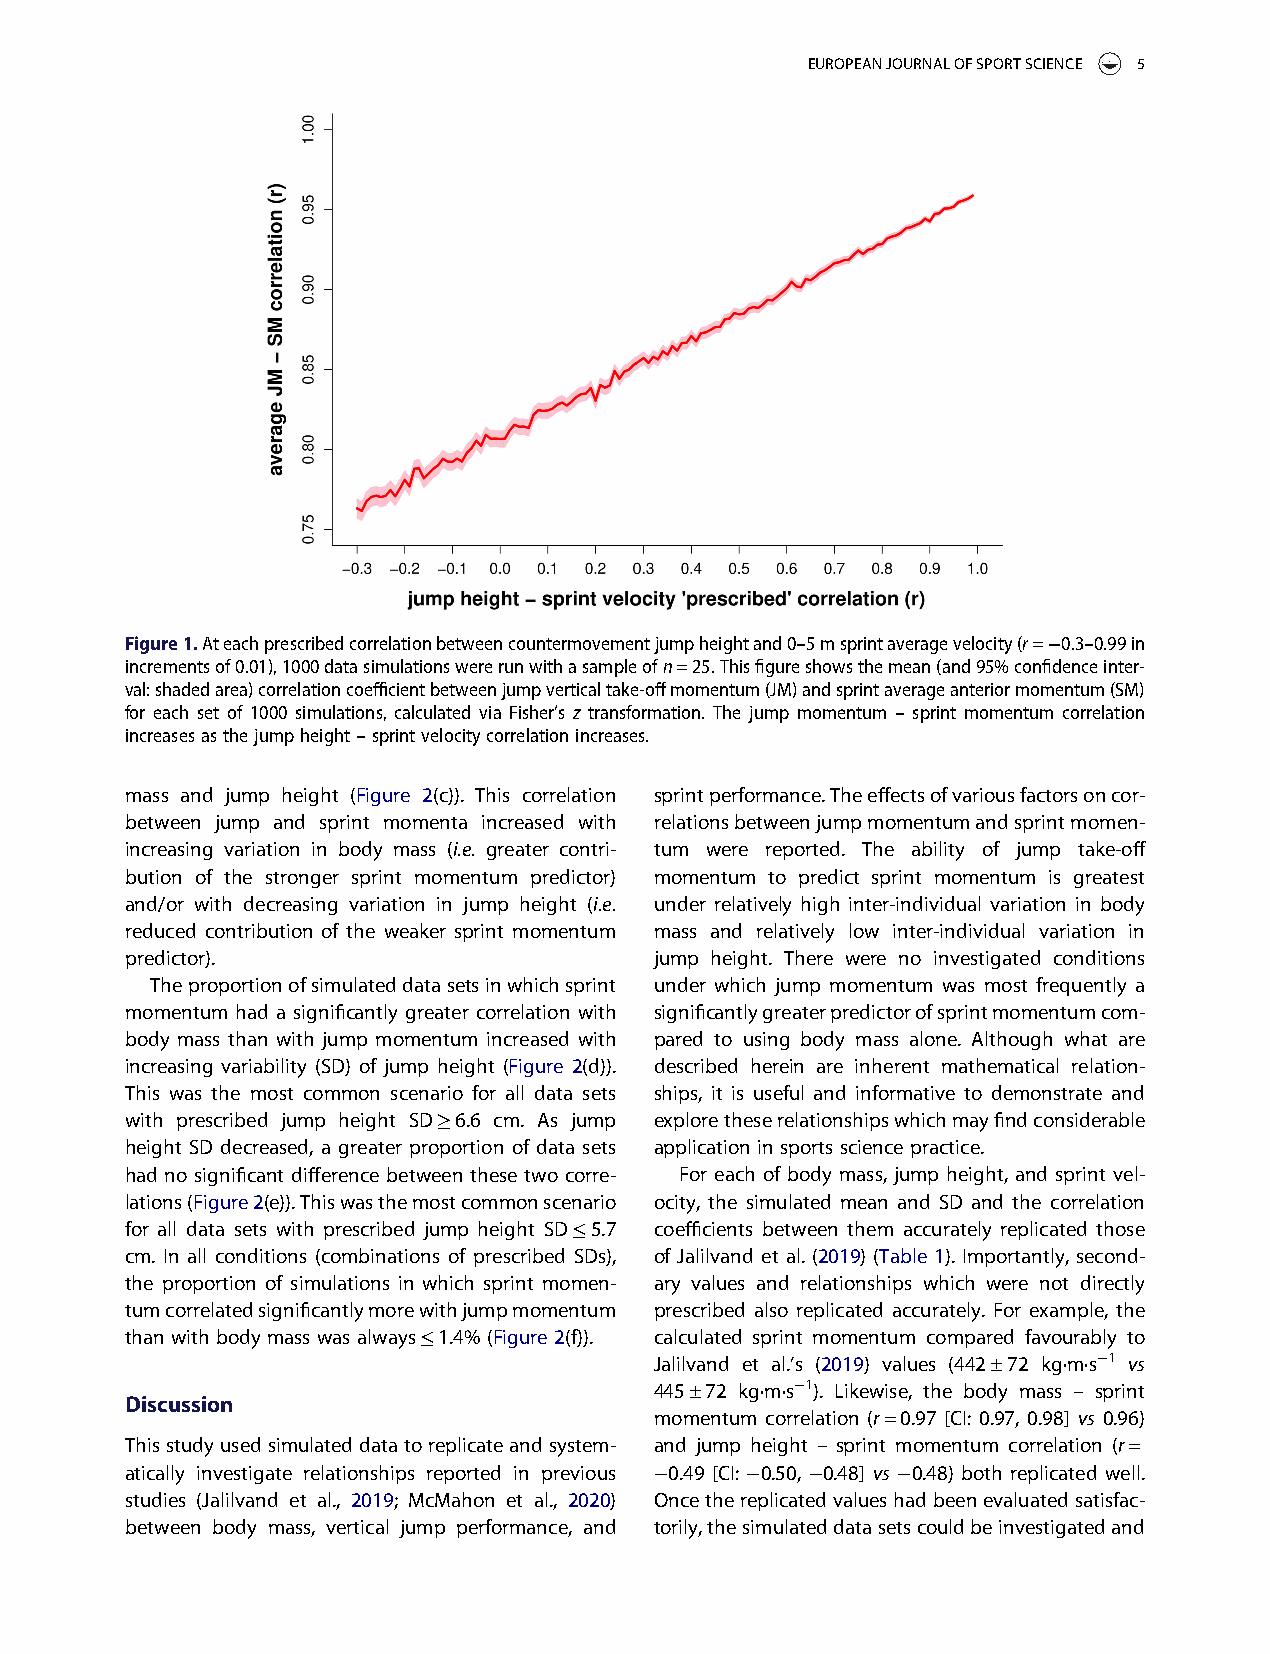
EUROPEANJOURNALOFSPORTSCIENCE 5
 Figure1.Ateachprescribedcorrelationbetweencountermovementjumpheightand0–5msprintaveragevelocity(r=−0.3–0.99in
 incrementsof0.01),1000datasimulationswererunwithasampleofn=25.Thisfigureshowsthemean(and95%confidenceinter-
 val:shadedarea)correlationcoefficientbetweenjumpverticaltake-offmomentum(JM)andsprintaverageanteriormomentum(SM)
 for each set of 1000 simulations, calculated via Fisher’s z transformation. The jump momentum – sprint momentum correlation
 increasesasthejumpheight–sprintvelocitycorrelationincreases.
 mass and jump height (Figure 2(c)). This correlation sprintperformance.Theeffectsofvariousfactorsoncor-
 between jump and sprint momenta increased with relationsbetweenjumpmomentumandsprintmomen-
 increasing variation in body mass (i.e. greater contri- tum were reported. The ability of jump take-off
 bution of the stronger sprint momentum predictor) momentum to predict sprint momentum is greatest
 and/or with decreasing variation in jump height (i.e. under relatively high inter-individual variation in body
 reduced contribution of the weaker sprint momentum mass and relatively low inter-individual variation in
 predictor).                        jump height. There were no investigated conditions
 Theproportionofsimulateddatasetsinwhichsprint under which jump momentum was most frequently a
 momentum had a significantly greater correlation with significantlygreaterpredictorofsprintmomentumcom-
 body mass than with jump momentum increased with pared to using body mass alone. Although what are
 increasing variability (SD) of jump height (Figure 2(d)). described herein are inherent mathematical relation-
 This was the most common scenario for all data sets ships, it is useful and informative to demonstrate and
 with prescribed jump height SD≥6.6 cm. As jump exploretheserelationshipswhichmayfindconsiderable
 height SD decreased, a greater proportion of data sets application insports sciencepractice.
 had no significant difference between these two corre- For each of body mass, jump height, and sprint vel-
 lations(Figure2(e)).Thiswasthemostcommonscenario ocity, the simulated mean and SD and the correlation
 for all data sets with prescribed jump height SD≤5.7 coefficients between them accurately replicated those
 cm. In all conditions (combinations of prescribed SDs), of Jalilvand et al. (2019) (Table 1). Importantly, second-
 the proportion of simulations in which sprint momen- ary values and relationships which were not directly
 tumcorrelatedsignificantlymorewithjumpmomentum prescribed also replicated accurately. For example, the
 thanwith bodymass was always≤1.4%(Figure 2(f)). calculated sprint momentum compared favourably to
 Jalilvand et al.’s (2019) values (442±72 kg·m·s−1 vs
 445±72 kg·m·s−1). Likewise, the body mass – sprint
 Discussion
 momentum correlation (r=0.97 [CI: 0.97, 0.98] vs 0.96)
 Thisstudyusedsimulateddatatoreplicateandsystem- and jump height – sprint momentum correlation (r=
 atically investigate relationships reported in previous −0.49 [CI: −0.50, −0.48] vs −0.48) both replicated well.
 studies (Jalilvand et al., 2019; McMahon et al., 2020) Oncethereplicatedvalueshadbeenevaluatedsatisfac-
 between body mass, vertical jump performance, and torily,thesimulateddatasetscouldbeinvestigatedand